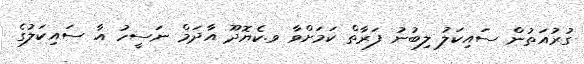
ގުރުއަތުން ސައިކަލު ލިބުނު ފަރާތް ކަމަށްވާ ވ.ކެޔޮދޫ އާދަމް ނަސީހު އާ ސައިކަލުގެ